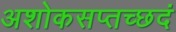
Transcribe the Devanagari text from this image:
अशोकसप्तच्छदं